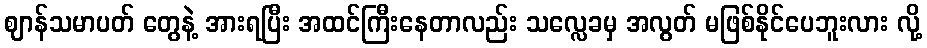
ဈာန်သမာပတ် တွေနဲ့ အားရပြီး အထင်ကြီးနေတာလည်း သလ္လေခမှ အလွတ် မဖြစ်နိုင်ပေဘူးလား လို့